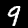
Label: 9